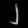
Digit: ၂